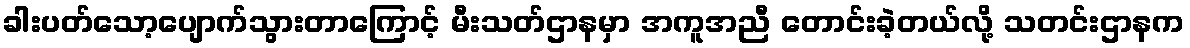
ခါးပတ်သော့ပျောက်သွားတာကြောင့် မီးသတ်ဌာနမှာ အကူအညီ တောင်းခဲ့တယ်လို့ သတင်းဌာနက